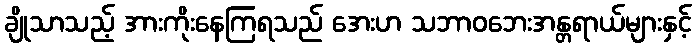
ချိုသာသည့် အားကိုးနေကြရသည် အေးဟ သဘာဝဘေးအန္တရာယ်များနှင့်